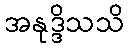
အနုဒ္ဒိသသိ